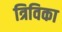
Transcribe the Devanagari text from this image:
त्रिविका